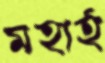
মহার্হ